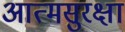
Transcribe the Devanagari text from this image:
आत्मसुरक्षा